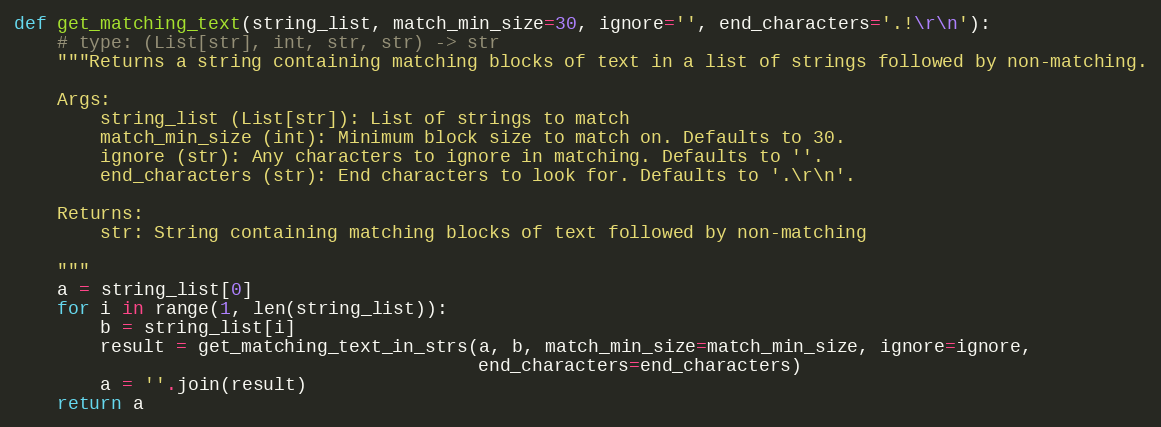
Language: Python
def get_matching_text(string_list, match_min_size=30, ignore='', end_characters='.!\r\n'):
    # type: (List[str], int, str, str) -> str
    """Returns a string containing matching blocks of text in a list of strings followed by non-matching.

    Args:
        string_list (List[str]): List of strings to match
        match_min_size (int): Minimum block size to match on. Defaults to 30.
        ignore (str): Any characters to ignore in matching. Defaults to ''.
        end_characters (str): End characters to look for. Defaults to '.\r\n'.

    Returns:
        str: String containing matching blocks of text followed by non-matching

    """
    a = string_list[0]
    for i in range(1, len(string_list)):
        b = string_list[i]
        result = get_matching_text_in_strs(a, b, match_min_size=match_min_size, ignore=ignore,
                                           end_characters=end_characters)
        a = ''.join(result)
    return a